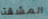
المشقة